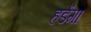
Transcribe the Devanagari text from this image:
हडेंगा